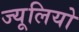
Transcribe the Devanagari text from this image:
ज्यूलियो